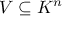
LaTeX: V \subseteq K ^ { n }